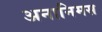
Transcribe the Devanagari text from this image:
अनानिमस